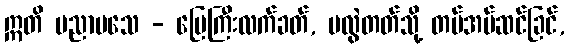
ဣတိ မညာမသေ - မြေကြီးလက်ခတ်, မလွဲတတ်သို့ တပ်အပ်ဆင်ခြင်,